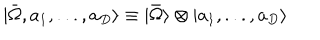
LaTeX: | \bar { \Omega } , a _ { 1 } , . . . , a _ { D } \rangle \equiv | \bar { \Omega } \rangle \otimes | a _ { 1 } , . . . , a _ { D } \rangle